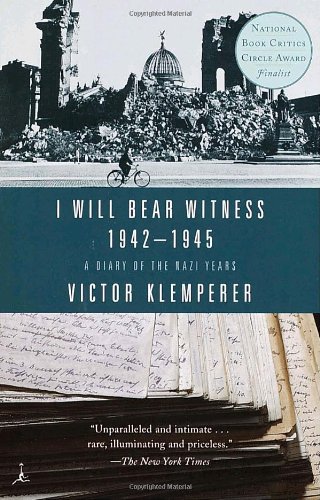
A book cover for I Will Bear Witness 1942-1945: A Diary of the Nazi Years; Victor Klemperer; Biographies & Memoirs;